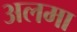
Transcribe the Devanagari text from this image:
अलमा